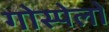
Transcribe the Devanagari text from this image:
गोस्पेलों